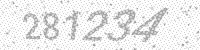
Solution: 281234